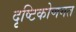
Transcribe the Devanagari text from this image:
दृष्टिकोणगत